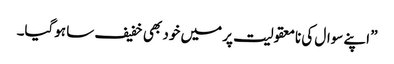
” اپنے سوال کی نامعقولیت پر میں خود بھی خفیف سا ہوگیا۔